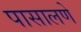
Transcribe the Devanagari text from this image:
पासालणे